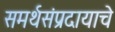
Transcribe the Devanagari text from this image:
समर्थसंप्रदायाचे